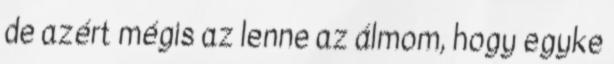
de azért mégis az lenne az álmom, hogy egyke